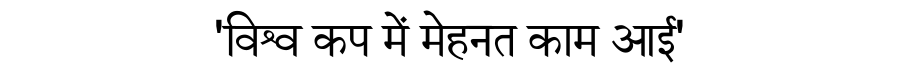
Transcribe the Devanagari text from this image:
'विश्व कप में मेहनत काम आई'